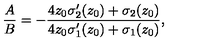
\frac { A } { B } = - \frac { 4 z _ { 0 } { \sigma } _ { 2 } ^ { \prime } ( z _ { 0 } ) + { \sigma } _ { 2 } ( z _ { 0 } ) } { 4 z _ { 0 } { \sigma } _ { 1 } ^ { \prime } ( z _ { 0 } ) + { \sigma } _ { 1 } ( z _ { 0 } ) } ,